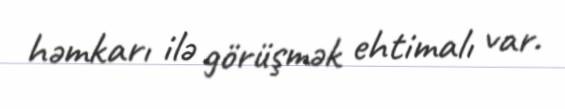
həmkarı ilə görüşmək ehtimalı var.